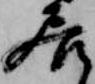
居